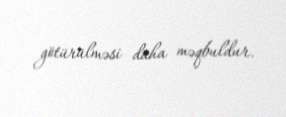
götürülməsi daha məqbuldur.